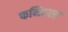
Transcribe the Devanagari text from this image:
फनिएस्ट